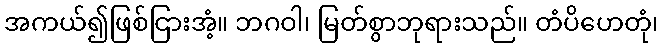
အကယ်၍ဖြစ်ငြားအံ့။ ဘဂဝါ၊ မြတ်စွာဘုရားသည်။ တံပိဟေတုံ၊